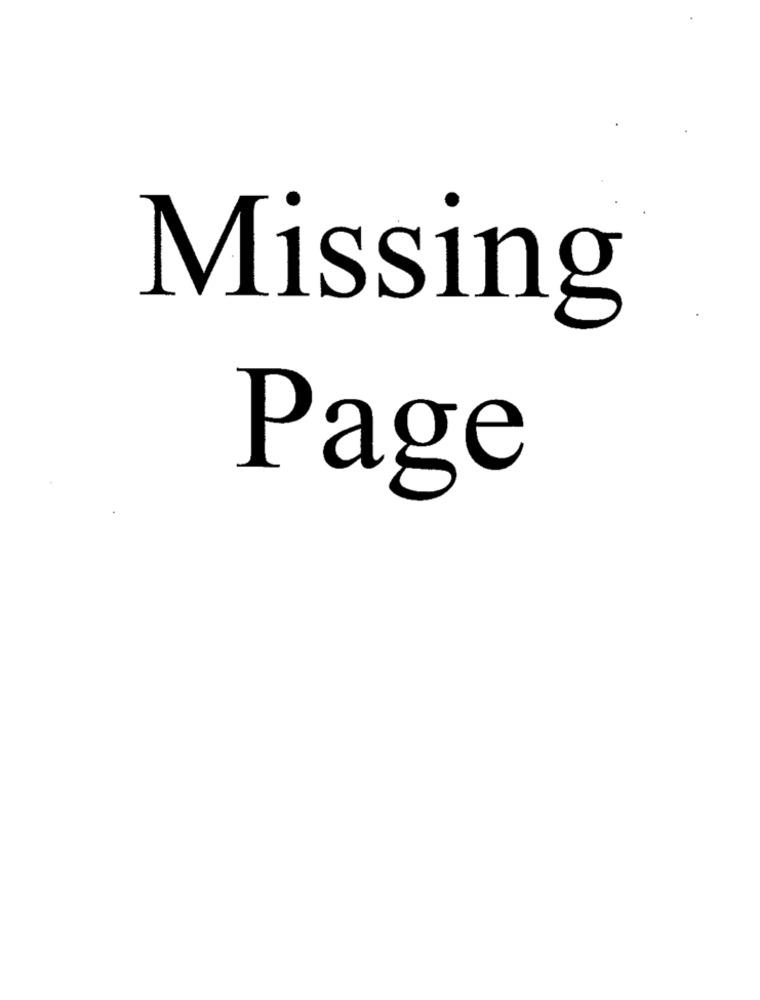
Missing
Page